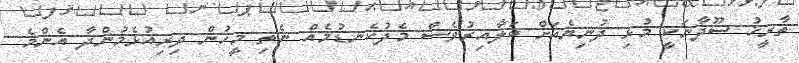
ތާރީޚު ސޫދާނަކީ މުޅި ދުނިޔެއަށް ބަލާއިރުވެސް މެދުކެނޑުމެއް ނެތި މީހުން ދިރިއުޅެމުންދާ އެންމެ